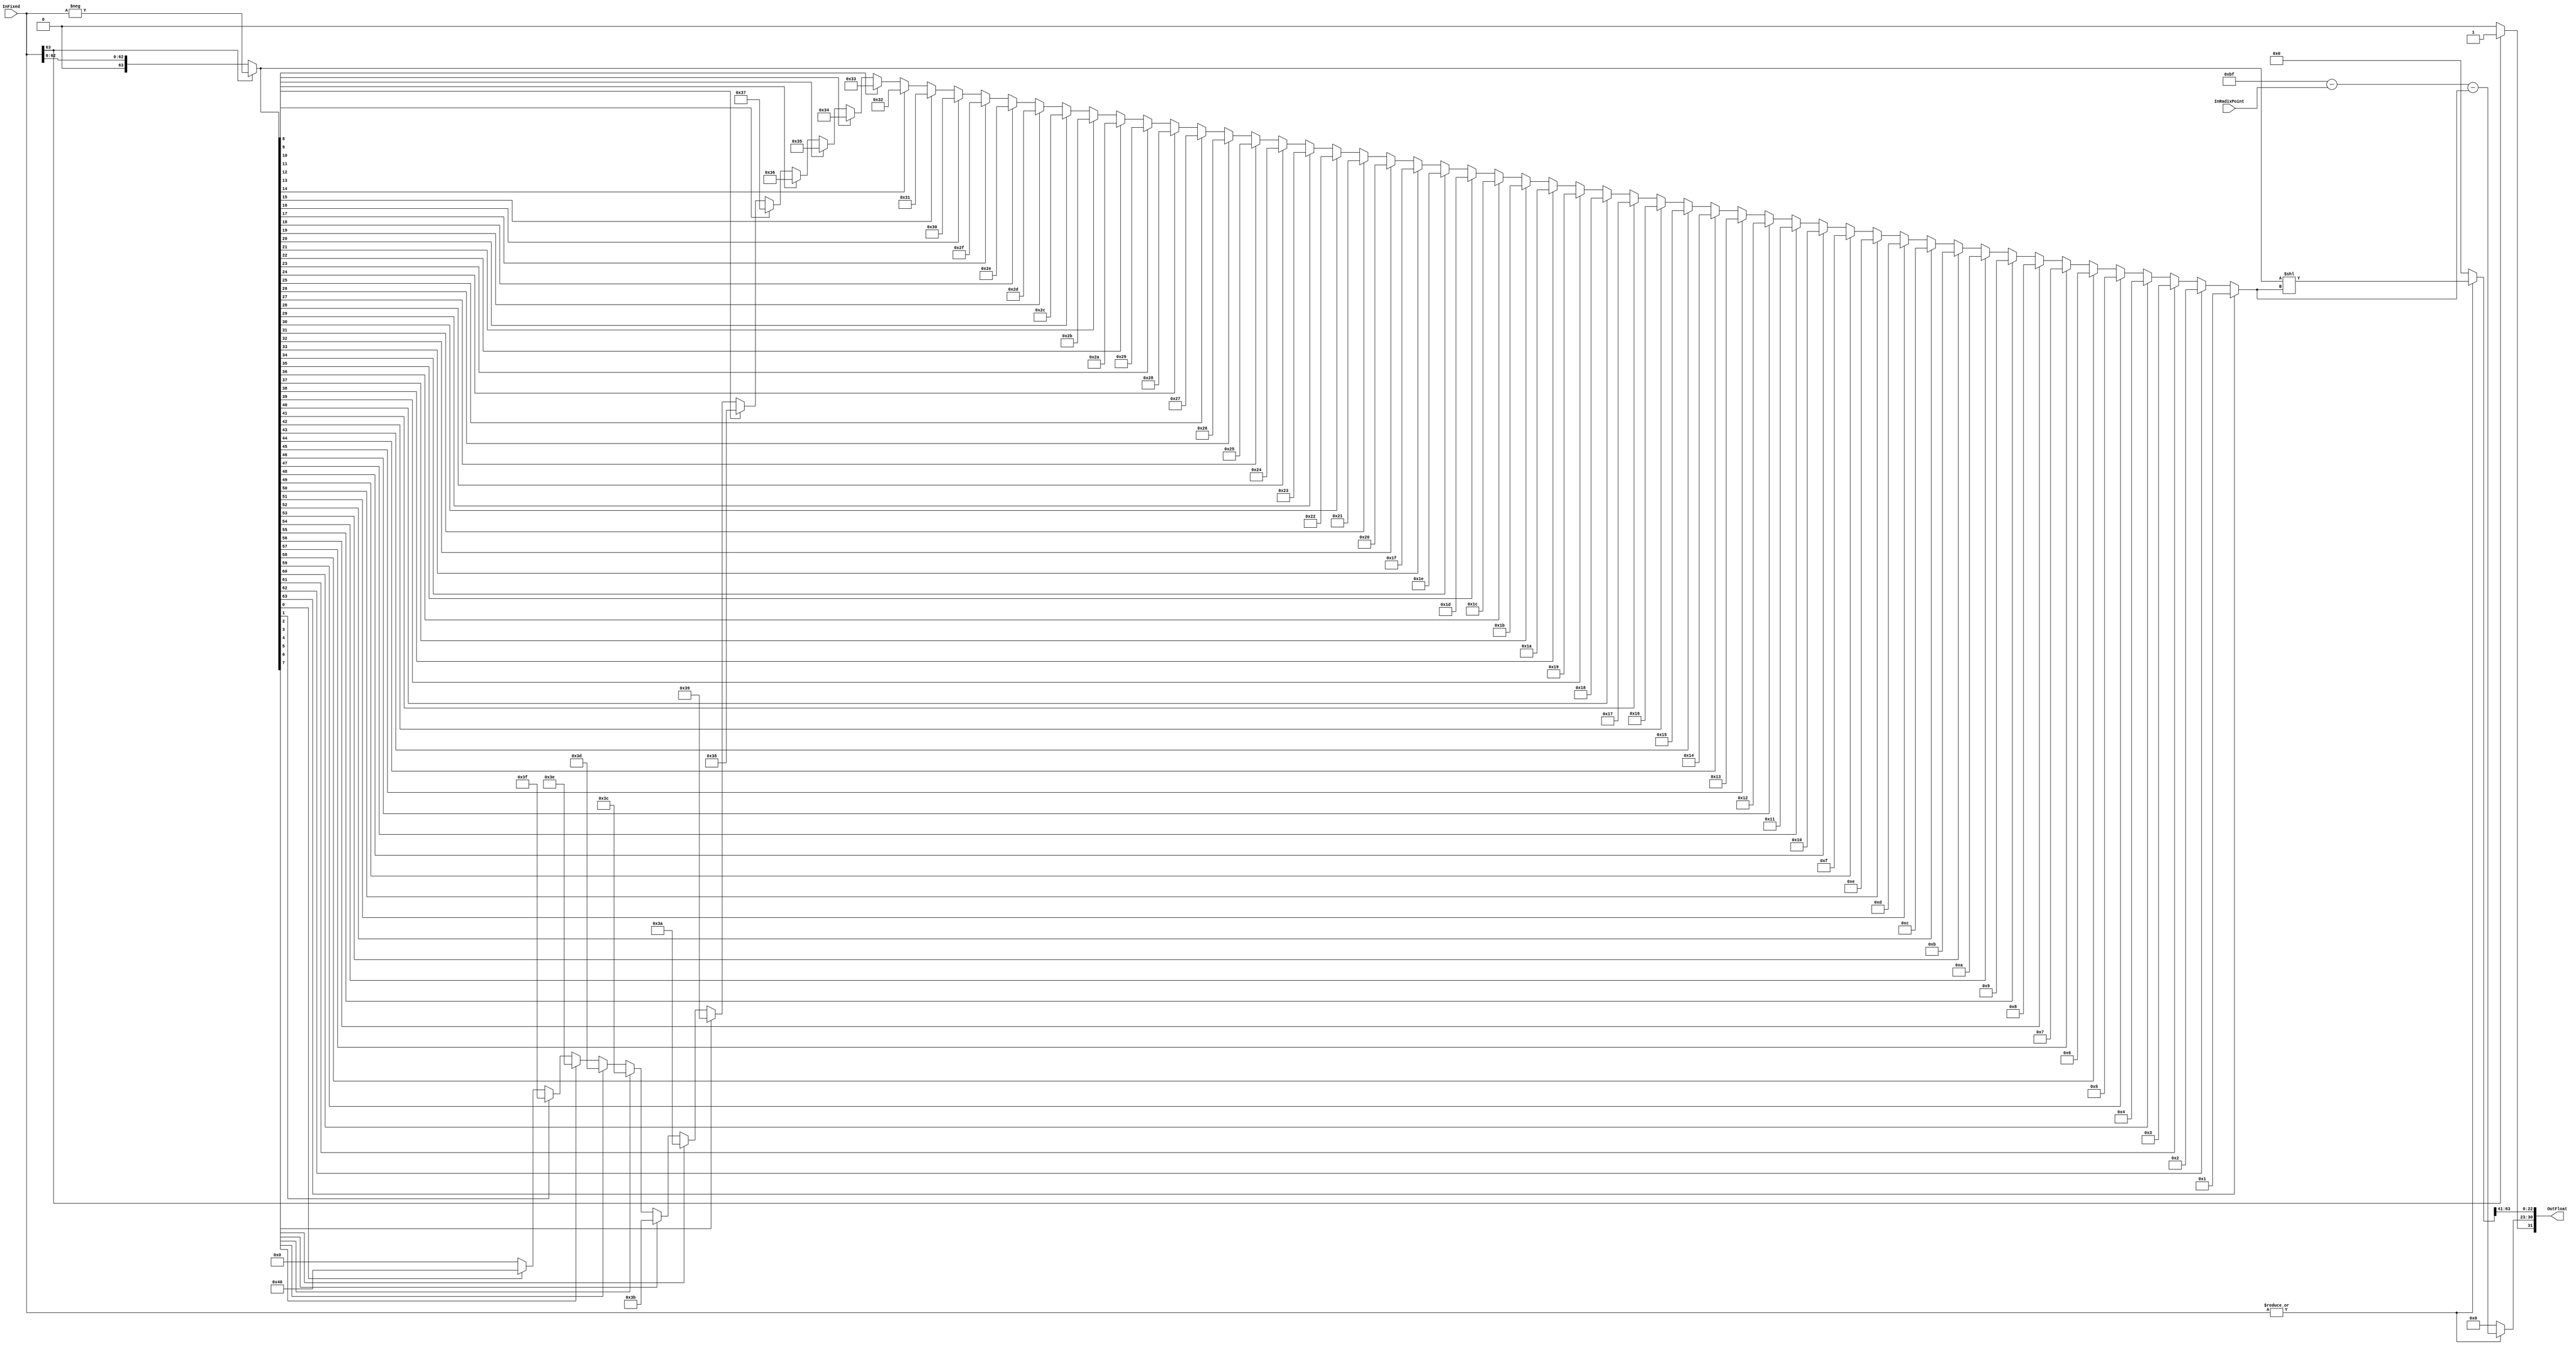
`timescale 1ns / 1ps
//-----------------------------------------------------------------------------
// Project      : Arizona Float<->Fixed Hardware Library (AFFHL)
//
//                Jovan Vance, David Schwartz
//
// Module Name  : Fixed2Float
//
// Description  : Converts fixed point input into its IEEE floating point
//                representation
//
// Date modified: 11.14.2008 : Initial Version
//
//                07.18.2010 : Bug Fix - Mantissa would go to negative indices
//                             when FIXEDSIZE is less than MANTISSABITS
//
//                01.16.2014 : Bug Fix - Increased size of NormShiftAmount by 
//                             one bit to accomodate corner case
//										 
//-----------------------------------------------------------------------------

module Fixed2Float (
    InFixed, 
    InRadixPoint,
    OutFloat
    );

    //-------------------------------------------------------------------------
    //                     Parameter Definitions
    //-------------------------------------------------------------------------
    // Width of floating point output
    parameter FLOATSIZE         = 32;

    // Width of fixed point input
    parameter FIXEDSIZE         = 64;

    // Width needed to represent radix point
    parameter RADIXPOINTSIZE    = 6;

    // Number of bits used to represent the exponent
    parameter EXPONENTBITS      = 8;

    // Number of bits used to represent the mantissa
    parameter MANTISSABITS      = 23;

    parameter BIAS              = 2**(EXPONENTBITS-1)-1;

    //-------------------------------------------------------------------------
    //                     Port Definitions
    //-------------------------------------------------------------------------

    // Fixed point input
    input signed [FIXEDSIZE-1:0] InFixed;

    // RadixPoint position from right
    input [RADIXPOINTSIZE-1:0] InRadixPoint;

    // Floating point output
    output reg [FLOATSIZE-1:0] OutFloat;

    //-------------------------------------------------------------------------
    //                     Internal Signals (wire & reg) declaration
    //-------------------------------------------------------------------------
    // Sign bit
    reg  SignBit;

    reg  [EXPONENTBITS-1:0] Exponent;
    reg  [MANTISSABITS-1:0] Mantissa;

    // Indicates position of leading 1
    reg  [RADIXPOINTSIZE:0] NormShiftAmount;

    // Unsigned representation of fixed point input
    reg  [FIXEDSIZE-1:0] UFixed;

    // UFixed shifted by NormShiftAmount
    reg  [FIXEDSIZE-1:0] UShiftFixed;
	//needs one more bit probably
    
	 // Flag to indicate that input is zero
    wire Zero;

    // Loop variable
    integer i;

    //-------------------------------------------------------------------------
    //                     Assignments and Statement Blocks
    //-------------------------------------------------------------------------

    // Sign bit and Absolute value extraction
    always @ (InFixed) 
    begin
        // If number is negative
        if(InFixed[FIXEDSIZE-1] == 1'b1)
        begin
            UFixed  <= -InFixed;
            SignBit <= 1'b1;
        end
        else
        begin
            UFixed  <= InFixed;
            SignBit <= 1'b0;
        end
    end

    // Zero is detected if all input bits are zero
    assign Zero = ~(|InFixed);
    
    // Priority encoder to detect the position of leading 1
    always @ (UFixed) 
    begin
        NormShiftAmount <= 0;

        for(i = 0; i < FIXEDSIZE; i = i + 1) 
        begin
            if(UFixed[i] == 1'b1) 
            begin
                NormShiftAmount <= FIXEDSIZE - i;
            end
        end
    end

    // Compute values of exponent and mantissa
    always @ (Zero, UFixed, InRadixPoint, NormShiftAmount) 
    begin
        // In case of zero, the output is also set to zero
        if(Zero == 1'b1) 
        begin
            UShiftFixed <= 0;
            Exponent    <= 0;
        end
        else 
        begin
            // UFixed is left shifted by the computed value of NormShiftAmount
            // to get rid of redundant 0 bits and position the MSB at the first
            // bit of the mantissa
            UShiftFixed <= UFixed << NormShiftAmount;
            
            //Add 2**EXPONENTBITS-1 as an offset (floating point exponent)
            Exponent    <= BIAS + FIXEDSIZE - InRadixPoint - NormShiftAmount;
        end
    end
    
    // Mantissa bits are allotted
    always @ (UShiftFixed)
    begin
        if (FIXEDSIZE < MANTISSABITS)
        begin
            Mantissa <= {UShiftFixed,{(MANTISSABITS-FIXEDSIZE){1'b0}}};
        end
        else
        begin
            Mantissa <= UShiftFixed[FIXEDSIZE-1:FIXEDSIZE-MANTISSABITS];
        end
    end

    // Concatenate SignBit, Exponent, Mantissa to form OutFloat
    always @ (SignBit, Exponent, Mantissa)
    begin
        OutFloat <= {SignBit, Exponent, Mantissa};
    end

endmodule